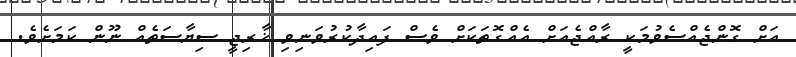
އަށް ގޮންޖެއްސެވުމަކީ ރާއްޖެއަށް އެއްގޮތަކަށް ވެސް ފައިދާކުރުވަނިވި ޚާރިޖީ ސިޔާސަތެއް ނޫން ކަމަށެވެ.